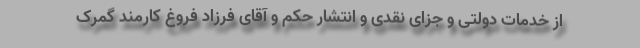
از خدمات دولتی و جزای نقدی و انتشار حکم و آقای فرزاد فروغ کارمند گمرک